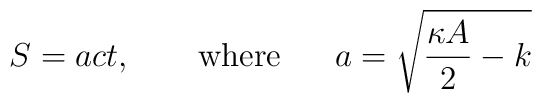
S=act, \ \ \ \ \ \ \mbox{where} \ \ \ \ \ a=\sqrt{\frac{\kappa A}{2}-k}